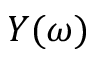
Y ( \omega )